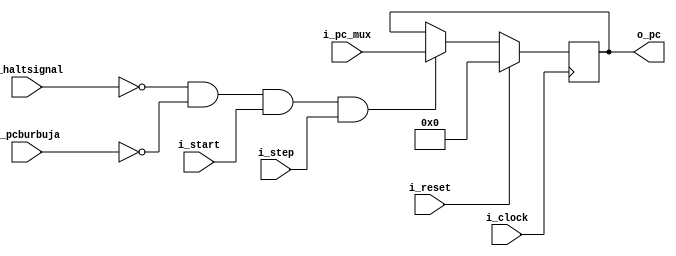
`timescale 1ns / 1ps
//////////////////////////////////////////////////////////////////////////////////
// Company: UNC FCEFyN
//
// Design Name: 
// Module Name: PC
// Project Name: MIPS
// Target Devices: 
// Tool Versions: 
// Description: 
// 
// Dependencies: 
// 
// Revision:
// Revision 0.01 - File Created
// Additional Comments:
// 
//////////////////////////////////////////////////////////////////////////////////


module PC
    #(  //PARAMETERS
        parameter DATA_WIDTH = 32
    )
    (   //INPUTS
        input                       i_clock,
        input                       i_reset,
        input                       i_start,
        input                       i_step,
        input                       i_pcburbuja,
        input [DATA_WIDTH - 1:0]    i_pc_mux,
        input                       i_haltsignal,
        //OUTPUTS
        output [DATA_WIDTH - 1:0]   o_pc
    );

    reg [DATA_WIDTH - 1:0] pcout;

    assign o_pc = pcout;
    
    always @(posedge i_clock) begin
        if      (i_reset)                                                    pcout <= 32'b0;
        else if ((!i_haltsignal) && (!i_pcburbuja) && (i_start) && (i_step)) pcout <= i_pc_mux;
    end
endmodule